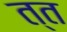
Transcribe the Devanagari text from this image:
त्त